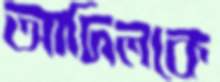
আদিলকে